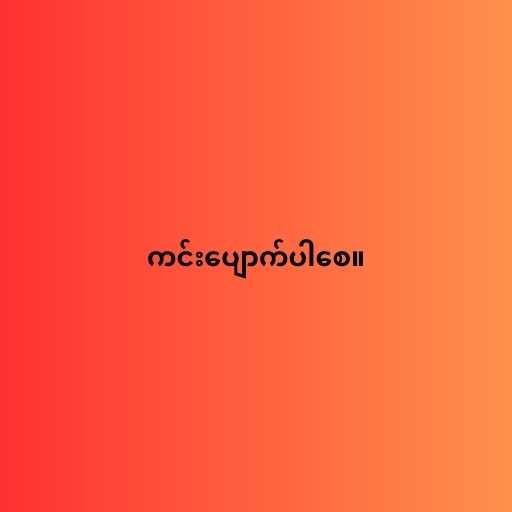
ကင်းပျောက်ပါစေ။